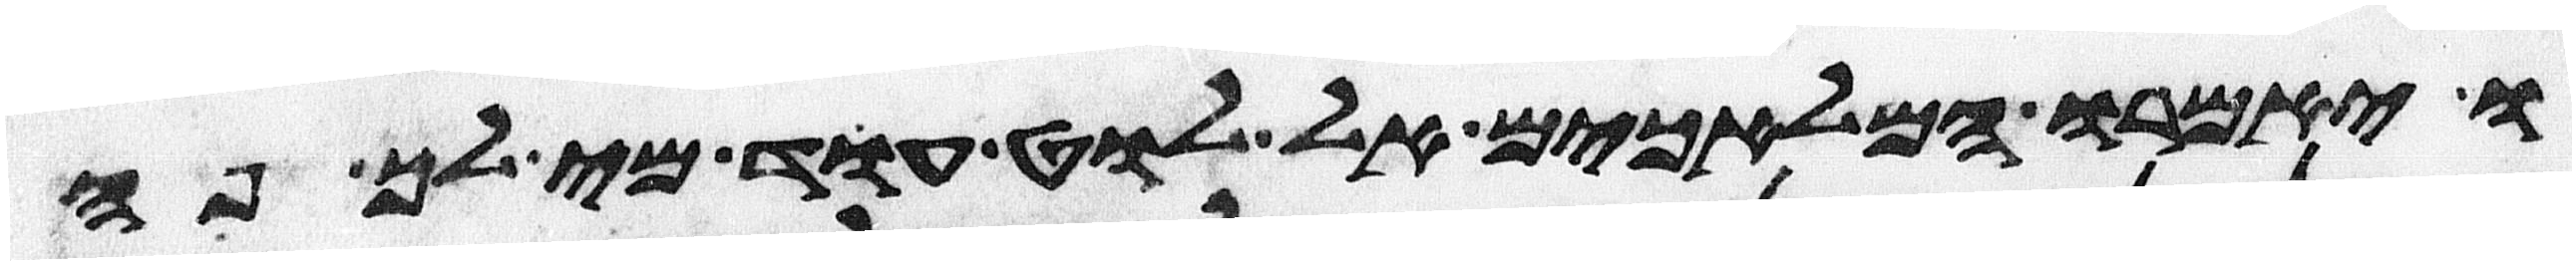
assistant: ויאמרו המלאכים אל לוט עוד מי לך פה